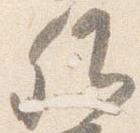
卿